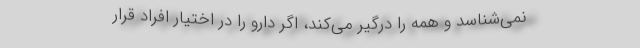
نمی‌شناسد و همه را درگیر می‌کند، اگر دارو را در اختیار افراد قرار